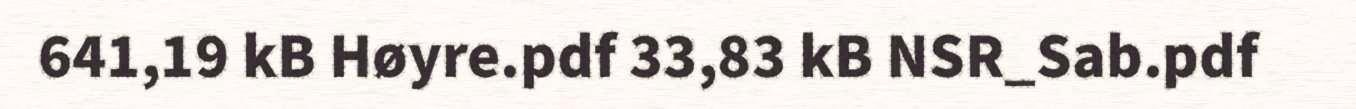
641,19 kB Høyre.pdf 33,83 kB NSR_Sab.pdf